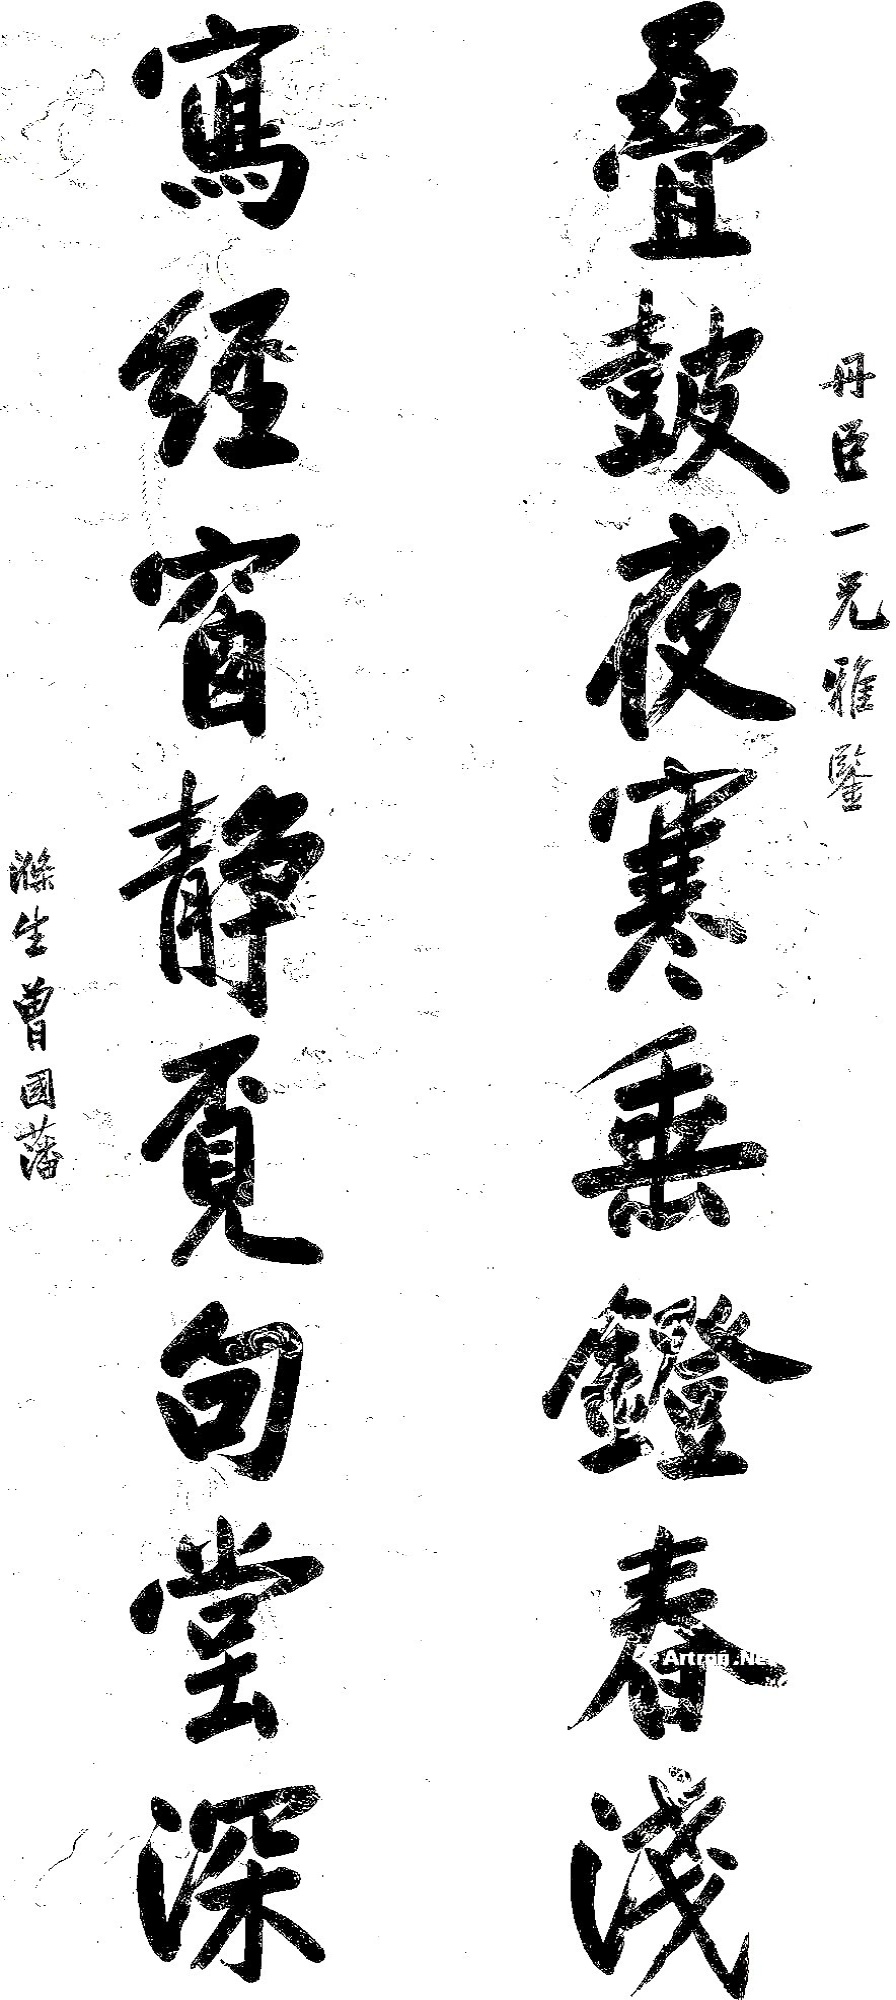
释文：叠鼓夜寒垂灯春浅写经窗静觅句堂深。丹臣一兄雅鉴，涤生曾国藩。